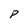
Character: P